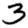
Digit: 3